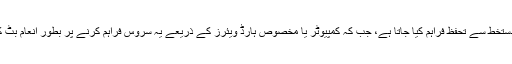
کسی جعل سازی سے بچنے کے لیے ہر ٹرانزیکشن کو ڈیجیٹل دستخط سے تحفظ فراہم کیا جاتا ہے، جب کہ کمپیوٹر یا مخصوص ہارڈ ویئرز کے ذریعے یہ سروس فراہم کرنے پر بطور انعام بِٹ کوائن بھی دیے جاتے ہیں جسے اکثر لوگ ’’مائننگ‘‘ کہتے ہیں۔